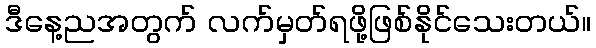
ဒီနေ့ညအတွက် လက်မှတ်ရဖို့ဖြစ်နိုင်သေးတယ်။